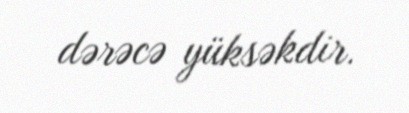
dərəcə yüksəkdir.